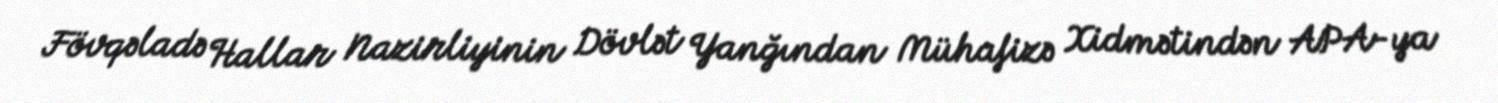
Fövqəladə Hallar Nazirliyinin Dövlət Yanğından Mühafizə Xidmətindən APA-ya